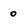
Character: 0